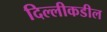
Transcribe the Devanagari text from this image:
दिल्लीकडील